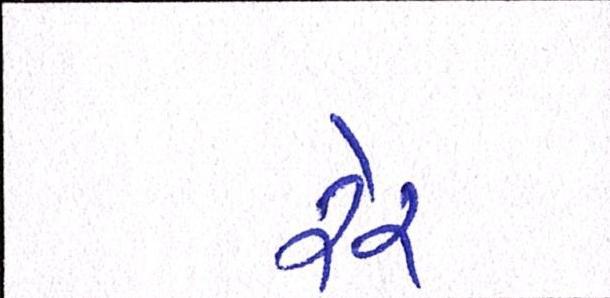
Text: રેર